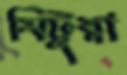
মিটুয়া